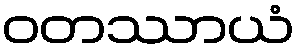
ဝတဿာယံ